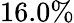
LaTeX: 16.0\%